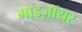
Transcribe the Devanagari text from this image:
माइज़ॉयर